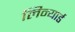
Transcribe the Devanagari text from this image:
लिन्यार्ड